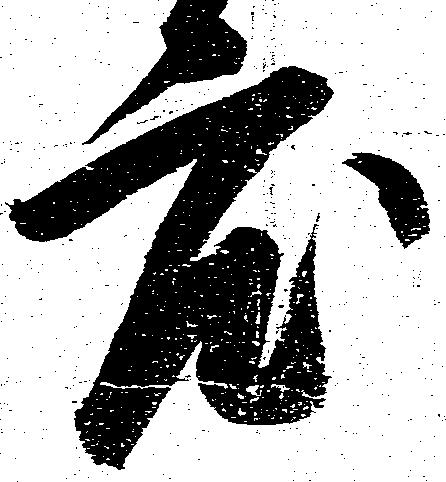
度